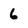
Character: 6